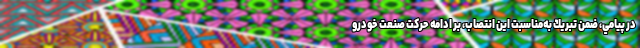
در پيامي، ضمن تبريك به‌مناسبت اين انتصاب، بر ادامه حركت صنعت خودرو